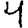
Digit: 4